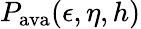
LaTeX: P_{\textrm{ava}}(\epsilon,\eta,h)